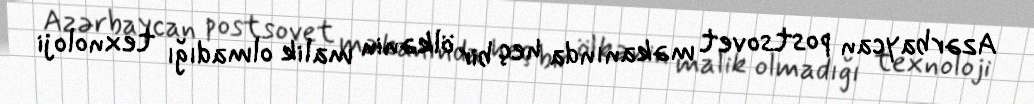
Azərbaycan postsovet məkanında heç bir ölkənin malik olmadığı texnoloji